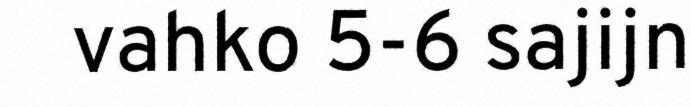
vahko 5-6 sajijn